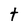
Character: t